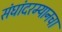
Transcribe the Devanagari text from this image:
संघांदरम्यानचा